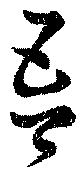
吾